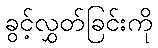
ခွင့်လွှတ်ခြင်းကို